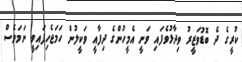
ކުރީގެ ދެ ބޮޑުވަޒީރު ވިދާޅުވެފައި ވަނީ އެމީހުންގެ ދިފާއީ ވަކީލުން ހަމަޖެހިފައިވީ ނަމަވެސް